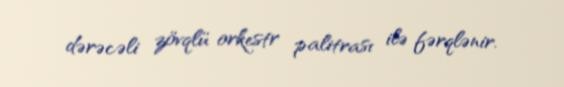
dərəcəli zövqlü orkestr palitrası ilə fərqlənir.